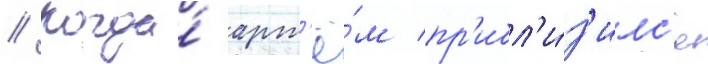
// Когда́ арт'ё́м пр'ибл'и́з'илс'я